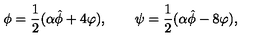
\phi = \frac 1 2 ( \alpha \hat { \phi } + 4 \varphi ) , \qquad \psi = \frac 1 2 ( \alpha \hat { \phi } - 8 \varphi ) ,